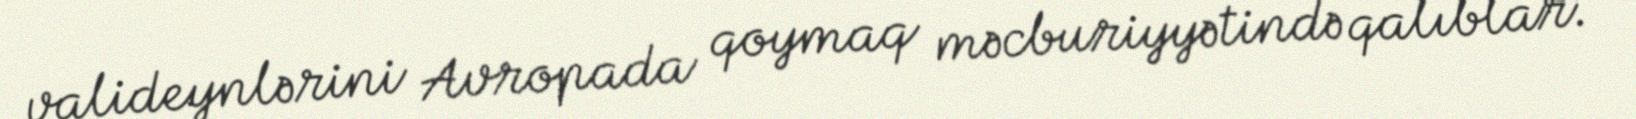
valideynlərini Avropada qoymaq məcburiyyətində qalıblar.